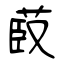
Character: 菣